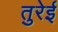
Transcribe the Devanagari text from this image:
तुरेई